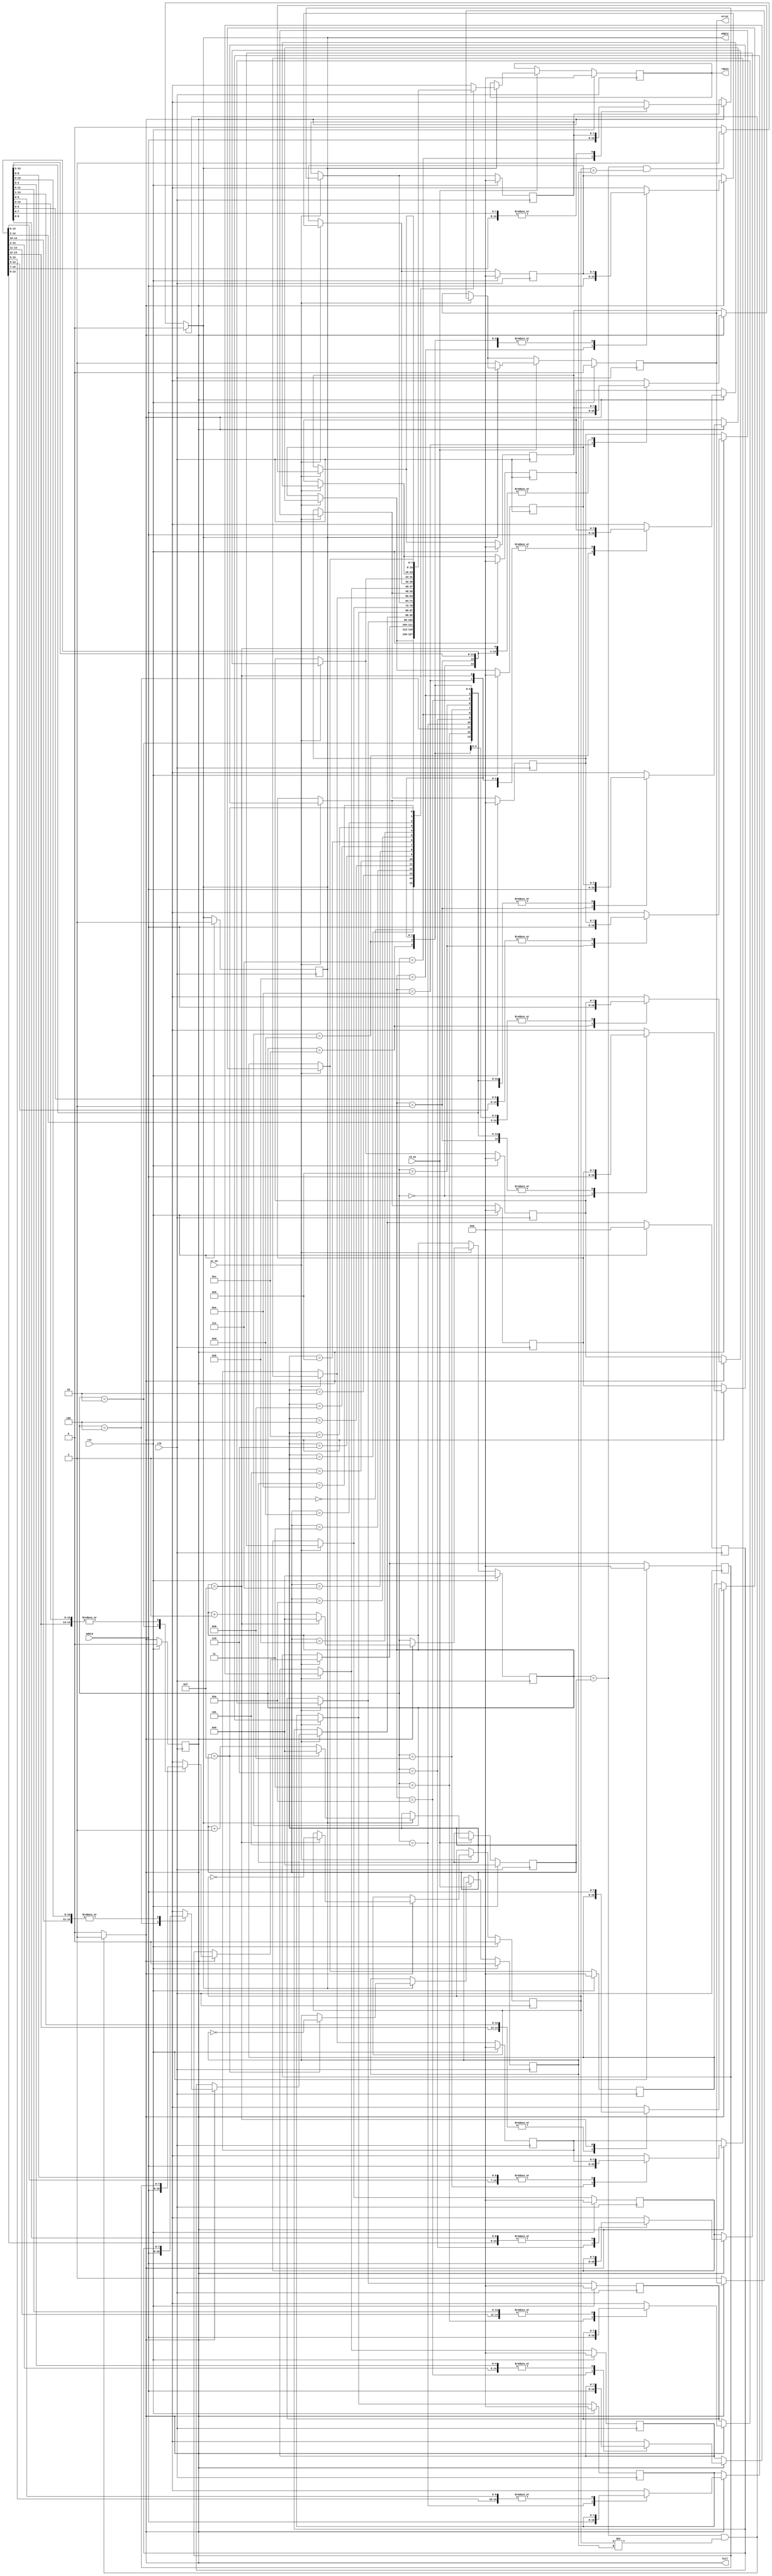
module sync_fifo(clk, rst, wr_en, wdata, full, rd_en, rdata, empty, error);
  
  parameter WIDTH = 8;
  parameter DEPTH = 16;
  parameter PTR_WIDTH = 4;
  integer i;
  
  input clk,rst,wr_en,rd_en;
  input [WIDTH-1:0] wdata;
  output reg [WIDTH-1:0] rdata;
  output reg full, empty, error;
  
  reg [PTR_WIDTH-1:0] wr_ptr, rd_ptr;
  reg wr_toggle_f, rd_toggle_f;
  
  reg [WIDTH-1:0] mem [DEPTH-1:0];
  
  always @(posedge clk) begin
    if (rst == 1) begin
      //reset everything
      empty = 1;
      full = 0;
      error = 0;
      rd_ptr = 0;
      wr_ptr = 0;
      wr_toggle_f = 0;
      rd_toggle_f = 0;
      rdata = 0;
      for (i=0 ; i<DEPTH ; i=i+1) begin
        mem[i] = 0;
      end
    end
    
    else begin
      
      if (wr_en == 1) begin
        if (full == 0) begin
          $display("ERROR: Writing to a FULL FIFO");
          error = 1;
        end
        else begin
          mem[wr_ptr] = wdata;
          if (wr_ptr == DEPTH-1) begin
            wr_toggle_f = ~wr_toggle_f;
            wr_ptr = 0;
          end
          else begin
            wr_ptr = wr_ptr + 1;
          end
        end
      end
      
      if (rd_en == 1) begin
        if (empty == 0) begin
          $display("ERROR: Reading from an EMPTY FIFO");
          error = 1;
        end
        else begin
          rdata = mem[rd_ptr];
          if (rd_ptr == DEPTH-1) begin
            rd_toggle_f = ~rd_toggle_f;
            rd_ptr = 0;
          end
          else begin
            rd_ptr = rd_ptr + 1;
          end
        end
      end
    end
  end
  
  //Generating FULL and EMPTY Conditions - Purely Combinational Logic
  
  always @(wr_ptr or rd_ptr) begin
    
    full = 0;
    empty = 0;
    
    if (wr_ptr == rd_ptr && wr_toggle_f == rd_toggle_f) begin
      empty = 1;
      full = 0;
    end
    
    if (wr_ptr == rd_ptr && wr_toggle_f != rd_toggle_f) begin
      empty = 0;
      full = 1;
    end
  
  end
endmodule